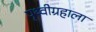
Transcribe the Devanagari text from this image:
पृथ्वीग्रहाला